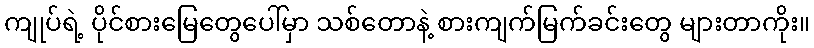
ကျုပ်ရဲ့ ပိုင်စားမြေတွေပေါ်မှာ သစ်တောနဲ့ စားကျက်မြက်ခင်းတွေ များတာကိုး။